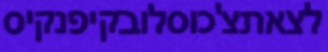
לצאתצ'כוסלובקיפנקיס